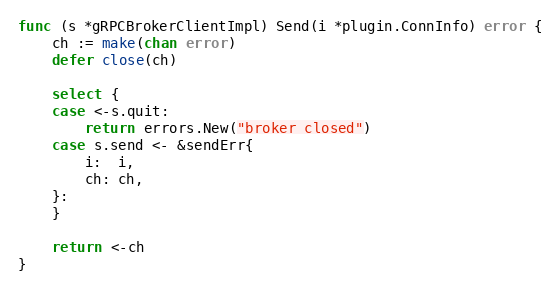
Language: Go
func (s *gRPCBrokerClientImpl) Send(i *plugin.ConnInfo) error {
	ch := make(chan error)
	defer close(ch)

	select {
	case <-s.quit:
		return errors.New("broker closed")
	case s.send <- &sendErr{
		i:  i,
		ch: ch,
	}:
	}

	return <-ch
}